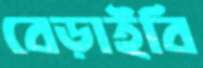
বেড়াইবি